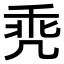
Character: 𪞳